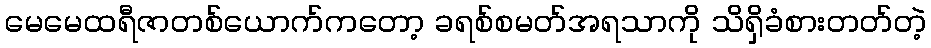
မေမေထရီဇာတစ်ယောက်ကတော့ ခရစ်စမတ်အရသာကို သိရှိခံစားတတ်တဲ့